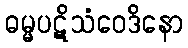
ဓမ္မပဋိသံဝေဒိနော